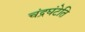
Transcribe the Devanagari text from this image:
चंद्रघंटेति